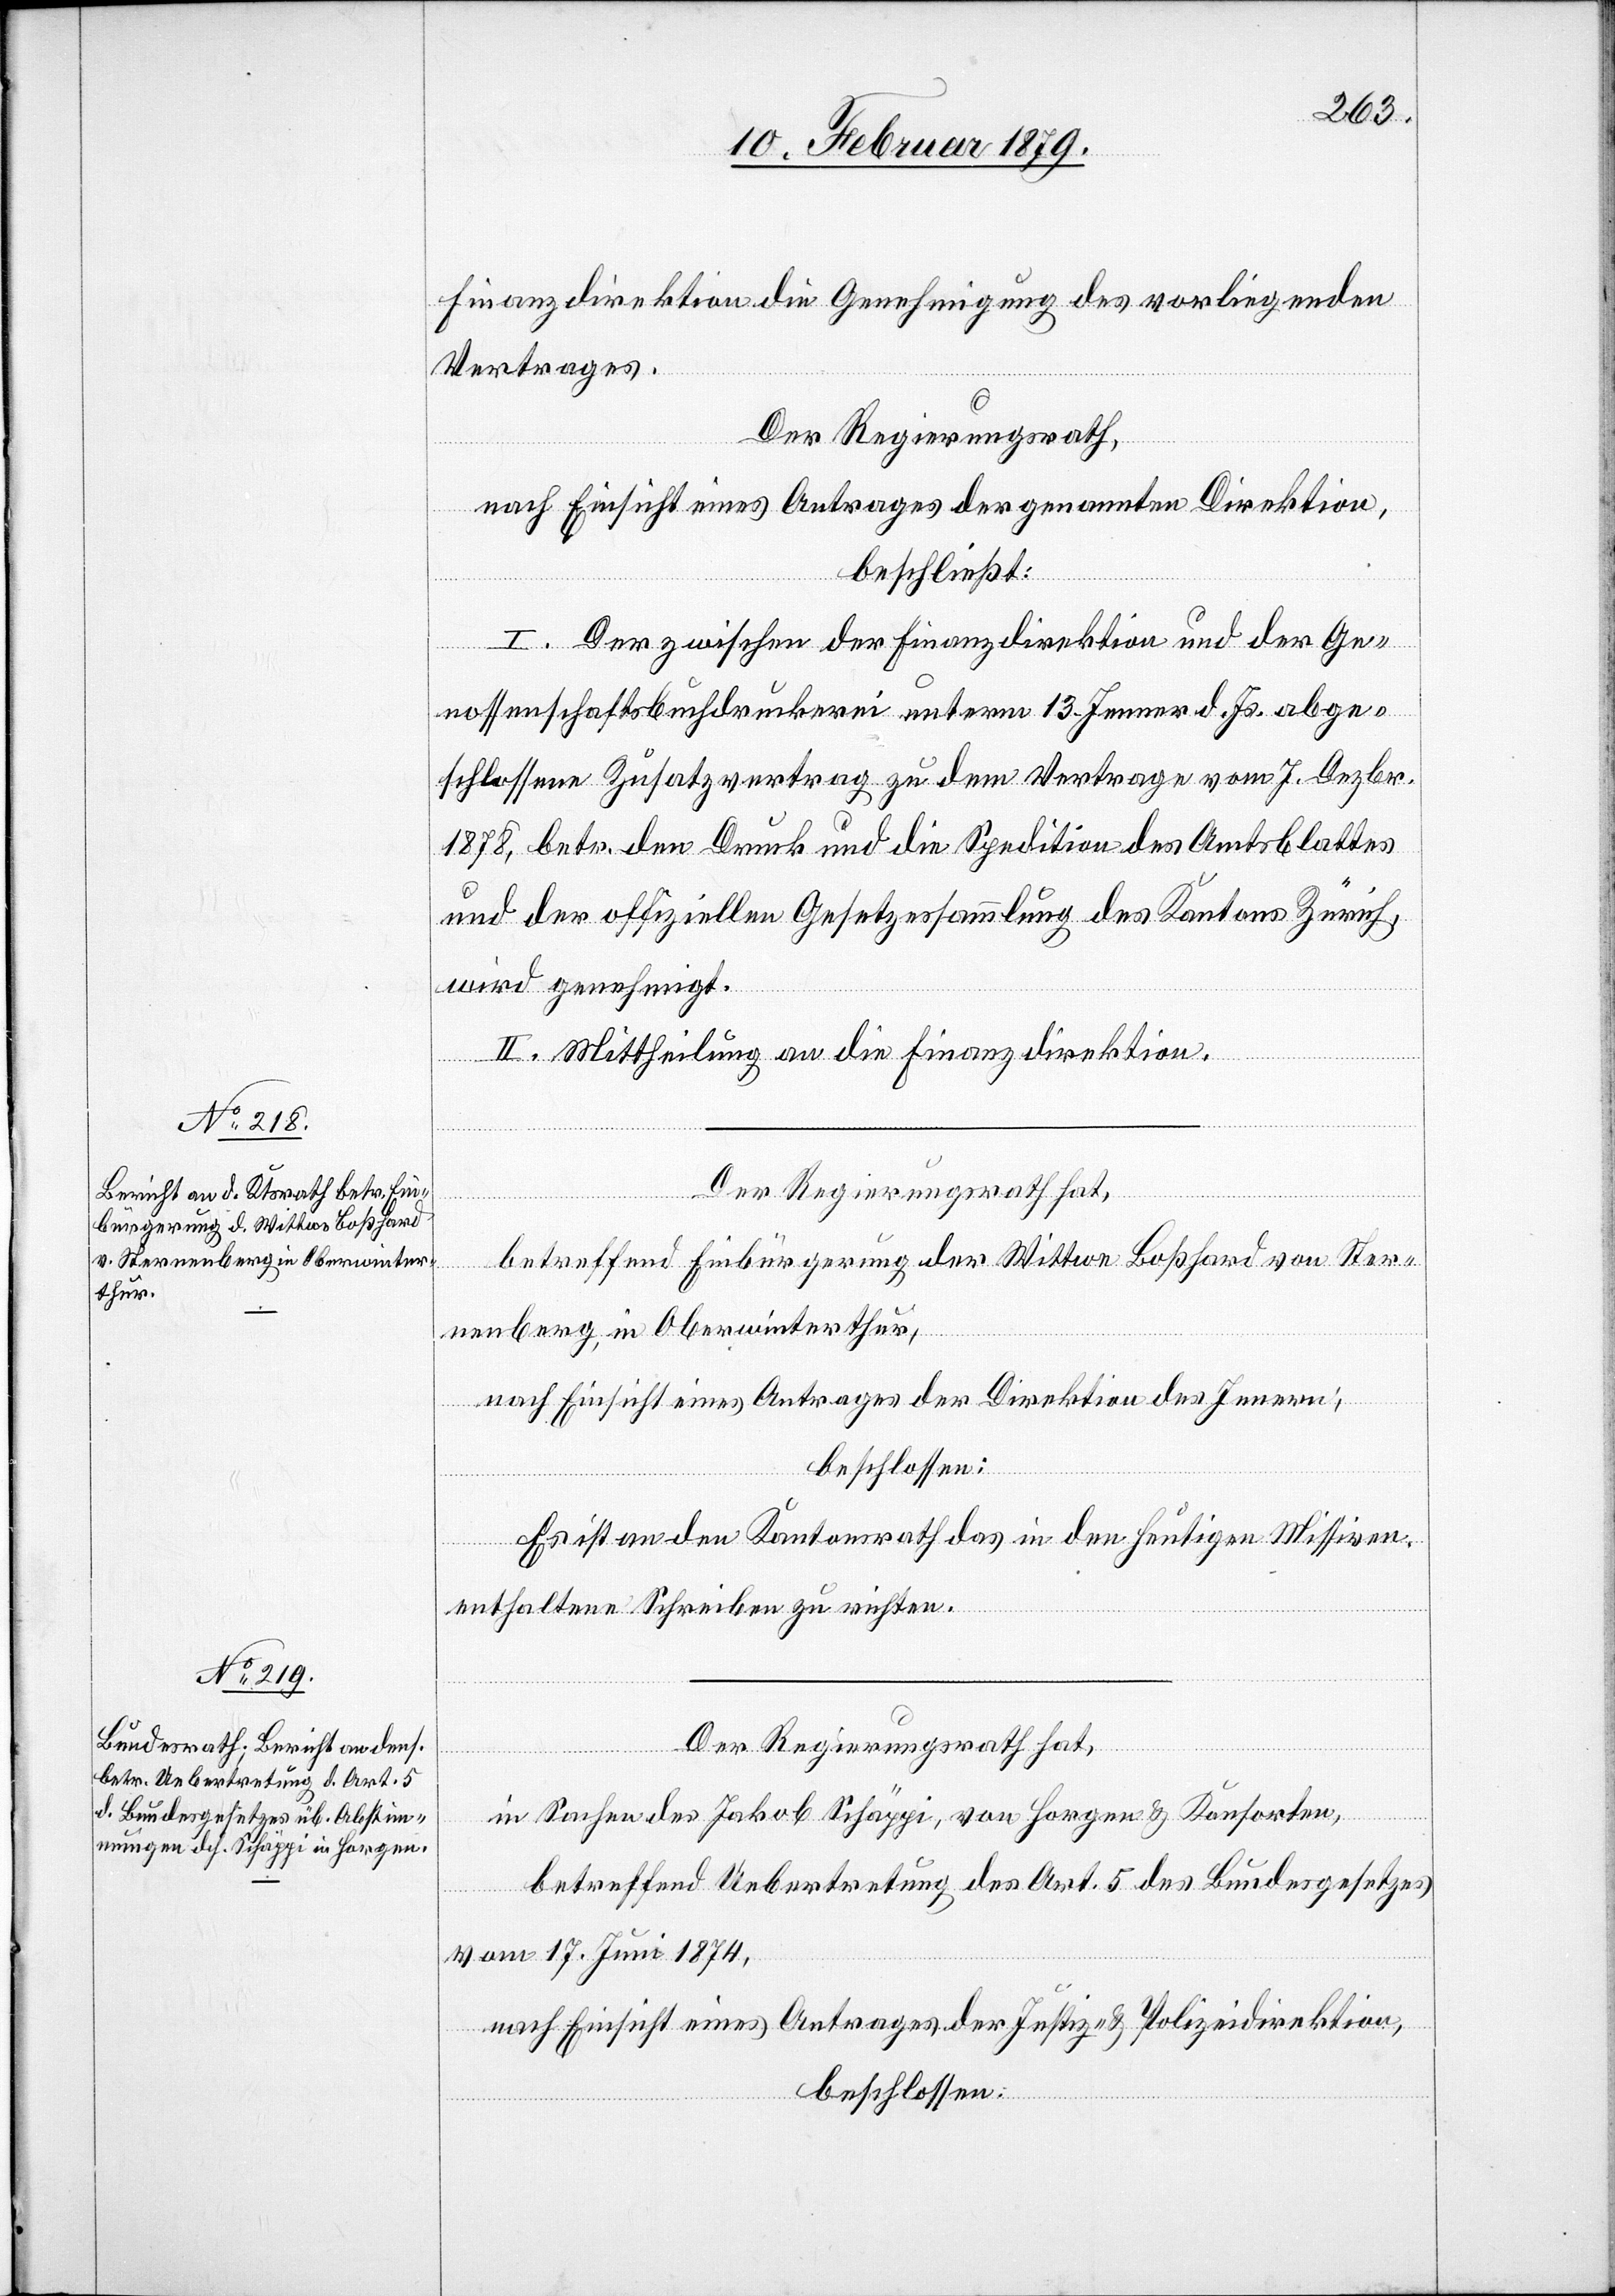
Finanzdirektion die Genehmigung des vorliegenden
Vertrages.
Der Regierungsrath,
nach Einsicht eines Antrages der genannten Direktion,
beschließt:
I. Der zwischen der Finanzdirektion und der Ge¬
nossenschaftsdruckerei unterm 13. Jenner d. Js. abge¬
schlossene Zusatzvertrag zu dem Vertrage vom 7. Dezbr.
1878, betr. den Druck und die Spedition des Amtsblattes
und der offiziellen Gesetzessammlung des Kantons Zürich,
wird genehmigt.
II. Mittheilung an die Finanzdirektion.
Der Regierungsrath hat,
betreffend Einbürgerung der Wittwe Boßhard von Ster¬
nenberg, in Oberwinterhur,
nach Einsicht eines Antrages der Direktion des Innern,
beschlossen:
Es ist an den Kantonsrath das in den heutigen Missiven
enthaltene Schreiben zu richten.
Der Regierungsrath hat,
in Sachen des Jakob Schäppi, von Horgen & Konsorten,
betreffend Uebertretung des Art. 5 des Bundesgesetzes
vom 17. Juni 1874,
nach Einsicht eines Antrages der Justiz- & Polizeidirektion,
beschlossen: